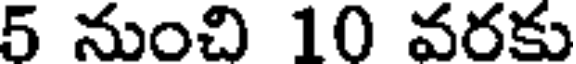
5 నుంచి 10 వరకు